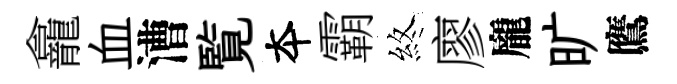
龕血漕覧夲霸煞廖龐旷鷹